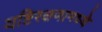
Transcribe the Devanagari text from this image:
यष्टिरक्षणामध्ये